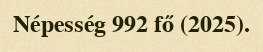
Népesség 992 fő (2025).